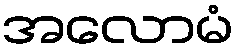
အလောမံ